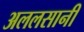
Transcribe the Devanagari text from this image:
अललसानी